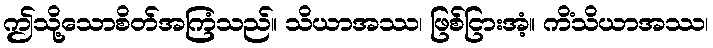
ဤသို့သောစိတ်အကြံသည်။ သိယာအဿ၊ ဖြစ်ငြားအံ့။ ကိံသိယာအဿ၊